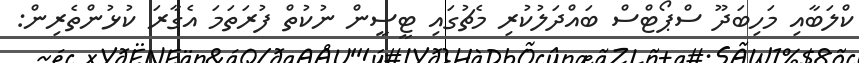
ކްލަބާއި މަހިބަދޫ ސްޕޯޓްސް ބައްދަލުކުރި މެޗުގައި ޓީސީން ނުކުތް ފުރަތަމަ އެގާރަ ކުޅުންތެރިން: